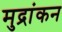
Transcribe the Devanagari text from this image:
मुद्रांकन